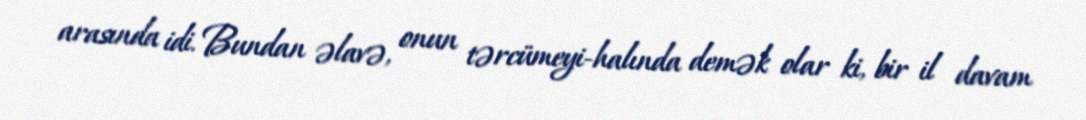
arasında idi. Bundan əlavə, onun tərcümeyi-halında demək olar ki, bir il davam